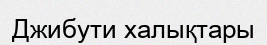
Джибути халықтары